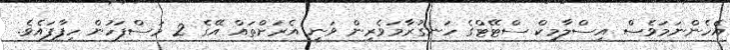
އެހެންނަމަވެސް އިސްލާމިކް ސްޓޭޓްގެ ހަނގުރާމަވެރިން ވަނީ އެރަށްތައް އޭގެ 2 މަސްފަހުން ހިފާފައެވެ.